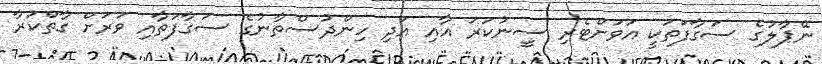
ނޭޕާލުގެ ސަގާފަތަކީ އަވަށްޓެރި ސީނުކަރަ އާއި އަދި ހިންދުސްތާނުގެ ސަގާފަތާއި ވަރަށް ގާތްކުރާ